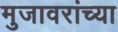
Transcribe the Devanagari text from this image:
मुजावरांच्या